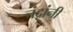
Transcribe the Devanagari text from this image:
चंद्रांनी